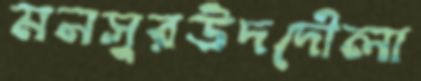
মনসুরউদদৌলা